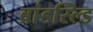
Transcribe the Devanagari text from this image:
ब्रांडस्ल्डि